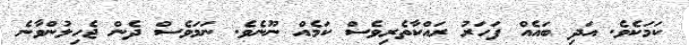
ކަމަކެވެ. އަދި ބައެއް ފަހަރު ރައްކާތެރިވެސް ކަމެއް ނޫނެވެ. ނަމަވެސް ދެން ޖެހިލުންވާނެ